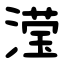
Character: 滢